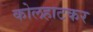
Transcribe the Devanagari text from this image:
कोलहाटकर